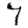
Digit: 7